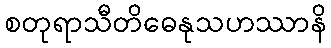
စတုရာသီတိဓေနုသဟဿာနိ